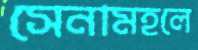
সেনামহলে